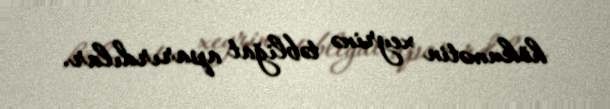
hökumətin xeyrinə təbliğat aparırdılar.